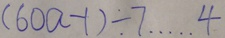
( 6 0 a - 1 ) \div 7 \cdots 4